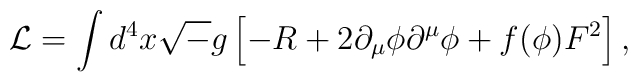
{\cal L} = \int d^4 x {\sqrt -g} \left[ -R + 2 \partial_{\mu}\phi \partial ^{\mu}\phi + f( \phi )  F^2  \right] ,